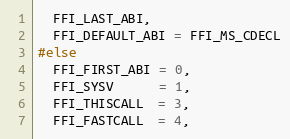
Language: C
  FFI_LAST_ABI,
  FFI_DEFAULT_ABI = FFI_MS_CDECL
#else
  FFI_FIRST_ABI = 0,
  FFI_SYSV      = 1,
  FFI_THISCALL  = 3,
  FFI_FASTCALL  = 4,